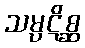
သမ္ပဋိစ္ဆ